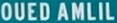
OUED AMLIL